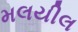
મલયીલ